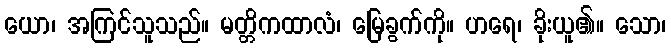
ယော၊ အကြင်သူသည်။ မတ္တိကထာလံ၊ မြေခွက်ကို။ ဟရေ၊ ခိုးယူ၏။ သော၊